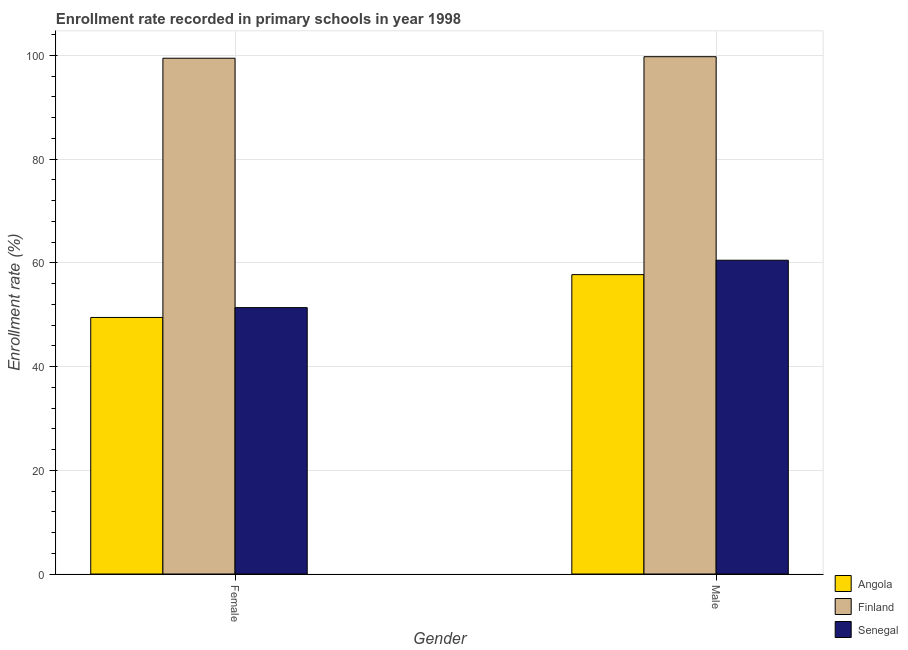
| Gender | Angola | Finland | Senegal |
 | --- | --- | --- | --- |
 | Female | 49.5 | 99.5 | 51.4 |
 | Male | 57.7 | 99.8 | 60.5 |